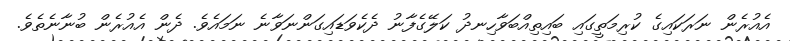
އެއުރެން ނަރަކައިގެ ކުރިމަތީގައި ބައިތިއްބަވާހިނދު ކަލޭގެފާނު ދެކެވަޑައިގަންނަވާނެ ނަމައެވެ. ދެން އެއުރެން ބުނާނެތެވެ.